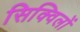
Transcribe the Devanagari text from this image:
सिक्विलों